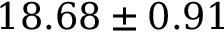
1 8 . 6 8 \pm 0 . 9 1